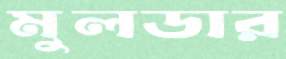
মুলডার